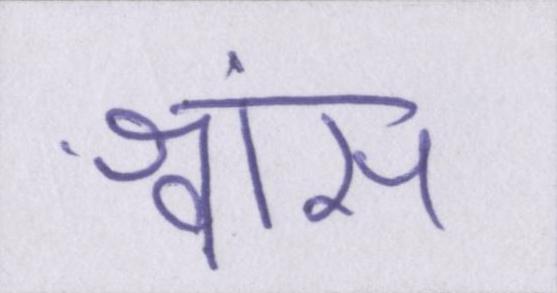
श्वांस